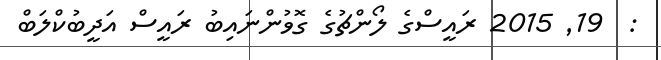
:  19